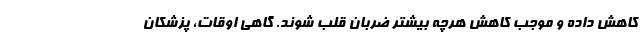
کاهش داده و موجب کاهش هرچه بیشتر ضربان قلب شوند. گاهی اوقات، پزشکان